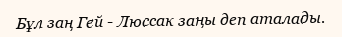
Бұл заң Гей - Люссак заңы деп аталады.